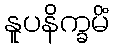
နူပနိက္ခမိံ